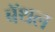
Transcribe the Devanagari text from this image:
बॅथल